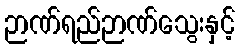
ဉာဏ်ရည်ဉာဏ်သွေးနှင့်